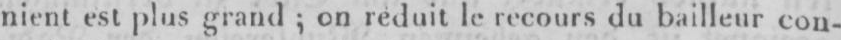
nient est plus grand; on réduit le recours du bailleur con-